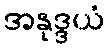
အနုဒ္ဒယံ